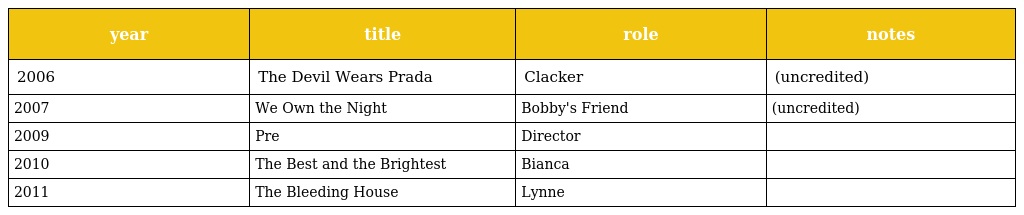
| year | title | role | notes |
 | --- | --- | --- | --- |
 | 2006 | The Devil Wears Prada | Clacker | (uncredited) |
 | 2007 | We Own the Night | Bobby's Friend | (uncredited) |
 | 2009 | Pre | Director |  |
 | 2010 | The Best and the Brightest | Bianca |  |
 | 2011 | The Bleeding House | Lynne |  |